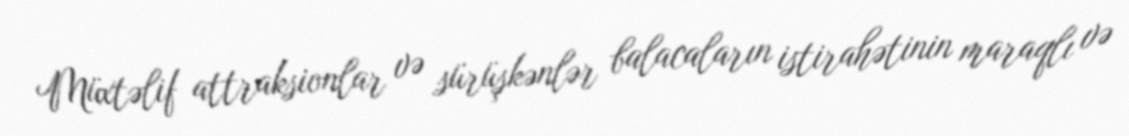
Müxtəlif attraksionlar və sürüşkənlər balacaların istirahətinin maraqlı və